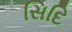
સિદિ